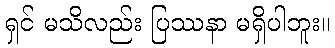
ရှင် မသိလည်း ပြဿနာ မရှိပါဘူး။